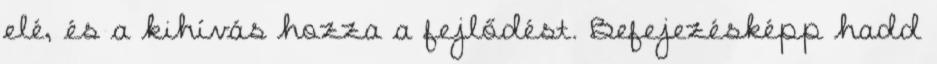
elé, és a kihívás hozza a fejlődést. Befejezésképp hadd